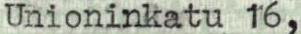
Unioninkatu 16,